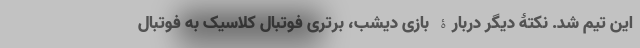
این تیم شد. نکتۀ دیگر دربارۀ بازی دیشب، برتری فوتبال کلاسیک به فوتبال